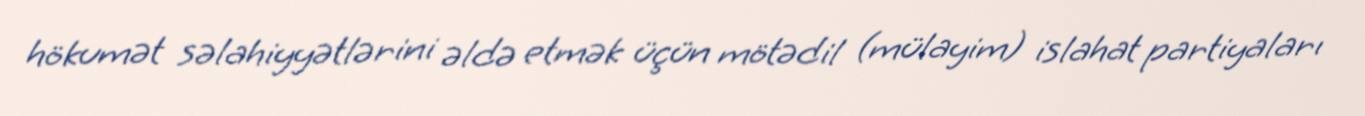
hökumət səlahiyyətlərini əldə etmək üçün mötədil (mülayim) islahat partiyaları